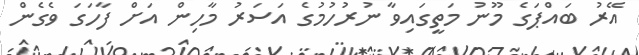
އޭރު ބައްޕަގެ މޫނު މަތީގައިވާ ނުރުހުމުގެ އަސަރު މާހިން އަށް ފާހަގަ ވެގެން